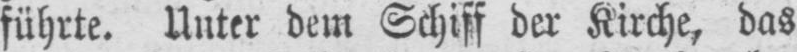
führte. Unter dem Schiff der Kirche, das